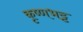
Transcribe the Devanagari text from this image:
कृष्णभट्ट